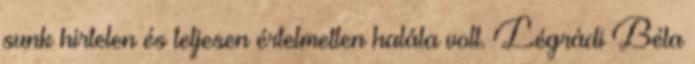
sunk hirtelen és teljesen értelmetlen halála volt. Légrádi Béla